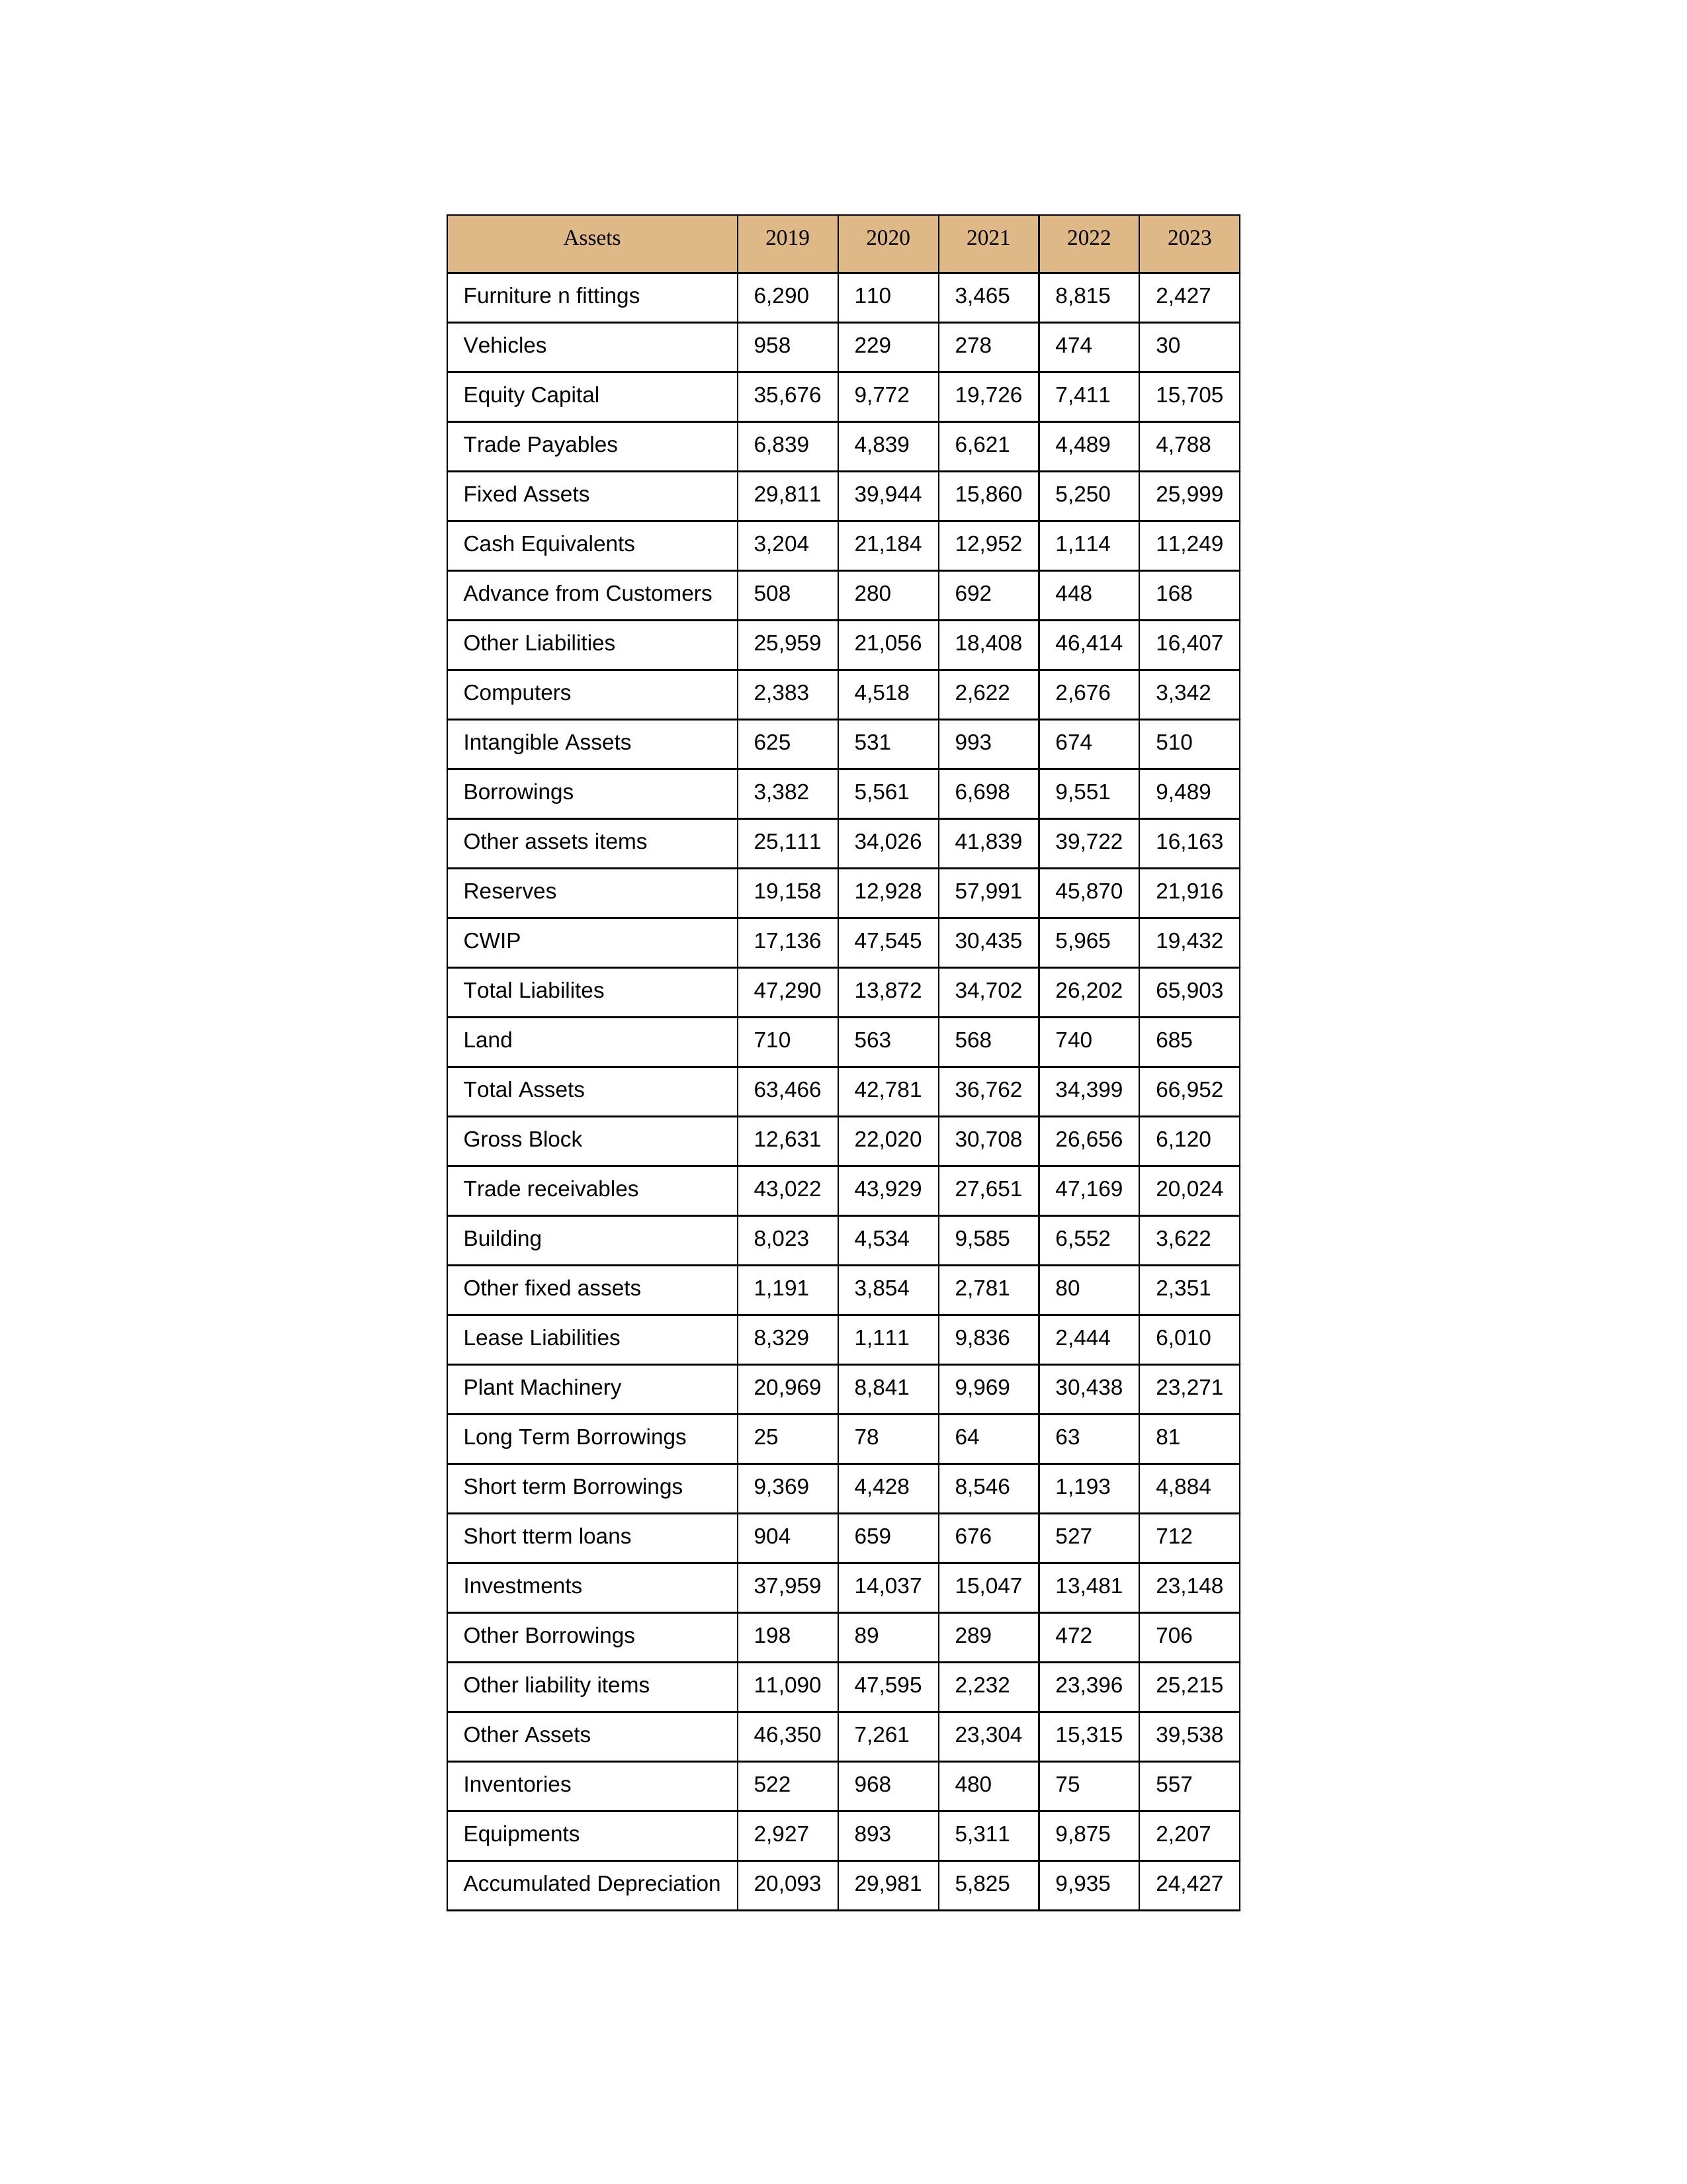
gt_parse: 2019: Equity Capital: 35,676
Reserves: 19,158
Borrowings: 3,382
Long Term Borrowings: 25
Short term Borrowings: 9,369
Lease Liabilities: 8,329
Other Borrowings: 198
Other Liabilities: 25,959
Trade Payables: 6,839
Advance from Customers: 508
Other liability items: 11,090
Total Liabilites: 47,290
Fixed Assets: 29,811
Land: 710
Building: 8,023
Plant Machinery: 20,969
Equipments: 2,927
Computers: 2,383
Furniture n fittings: 6,290
Vehicles: 958
Intangible Assets: 625
Other fixed assets: 1,191
Gross Block: 12,631
Accumulated Depreciation: 20,093
CWIP: 17,136
Investments: 37,959
Other Assets: 46,350
Inventories: 522
Trade receivables: 43,022
Cash Equivalents: 3,204
Short tterm loans: 904
Other assets items: 25,111
Total Assets: 63,466
2020: Equity Capital: 9,772
Reserves: 12,928
Borrowings: 5,561
Long Term Borrowings: 78
Short term Borrowings: 4,428
Lease Liabilities: 1,111
Other Borrowings: 89
Other Liabilities: 21,056
Trade Payables: 4,839
Advance from Customers: 280
Other liability items: 47,595
Total Liabilites: 13,872
Fixed Assets: 39,944
Land: 563
Building: 4,534
Plant Machinery: 8,841
Equipments: 893
Computers: 4,518
Furniture n fittings: 110
Vehicles: 229
Intangible Assets: 531
Other fixed assets: 3,854
Gross Block: 22,020
Accumulated Depreciation: 29,981
CWIP: 47,545
Investments: 14,037
Other Assets: 7,261
Inventories: 968
Trade receivables: 43,929
Cash Equivalents: 21,184
Short tterm loans: 659
Other assets items: 34,026
Total Assets: 42,781
2021: Equity Capital: 19,726
Reserves: 57,991
Borrowings: 6,698
Long Term Borrowings: 64
Short term Borrowings: 8,546
Lease Liabilities: 9,836
Other Borrowings: 289
Other Liabilities: 18,408
Trade Payables: 6,621
Advance from Customers: 692
Other liability items: 2,232
Total Liabilites: 34,702
Fixed Assets: 15,860
Land: 568
Building: 9,585
Plant Machinery: 9,969
Equipments: 5,311
Computers: 2,622
Furniture n fittings: 3,465
Vehicles: 278
Intangible Assets: 993
Other fixed assets: 2,781
Gross Block: 30,708
Accumulated Depreciation: 5,825
CWIP: 30,435
Investments: 15,047
Other Assets: 23,304
Inventories: 480
Trade receivables: 27,651
Cash Equivalents: 12,952
Short tterm loans: 676
Other assets items: 41,839
Total Assets: 36,762
2022: Equity Capital: 7,411
Reserves: 45,870
Borrowings: 9,551
Long Term Borrowings: 63
Short term Borrowings: 1,193
Lease Liabilities: 2,444
Other Borrowings: 472
Other Liabilities: 46,414
Trade Payables: 4,489
Advance from Customers: 448
Other liability items: 23,396
Total Liabilites: 26,202
Fixed Assets: 5,250
Land: 740
Building: 6,552
Plant Machinery: 30,438
Equipments: 9,875
Computers: 2,676
Furniture n fittings: 8,815
Vehicles: 474
Intangible Assets: 674
Other fixed assets: 80
Gross Block: 26,656
Accumulated Depreciation: 9,935
CWIP: 5,965
Investments: 13,481
Other Assets: 15,315
Inventories: 75
Trade receivables: 47,169
Cash Equivalents: 1,114
Short tterm loans: 527
Other assets items: 39,722
Total Assets: 34,399
2023: Equity Capital: 15,705
Reserves: 21,916
Borrowings: 9,489
Long Term Borrowings: 81
Short term Borrowings: 4,884
Lease Liabilities: 6,010
Other Borrowings: 706
Other Liabilities: 16,407
Trade Payables: 4,788
Advance from Customers: 168
Other liability items: 25,215
Total Liabilites: 65,903
Fixed Assets: 25,999
Land: 685
Building: 3,622
Plant Machinery: 23,271
Equipments: 2,207
Computers: 3,342
Furniture n fittings: 2,427
Vehicles: 30
Intangible Assets: 510
Other fixed assets: 2,351
Gross Block: 6,120
Accumulated Depreciation: 24,427
CWIP: 19,432
Investments: 23,148
Other Assets: 39,538
Inventories: 557
Trade receivables: 20,024
Cash Equivalents: 11,249
Short tterm loans: 712
Other assets items: 16,163
Total Assets: 66,952